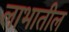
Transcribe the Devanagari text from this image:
लाभातील